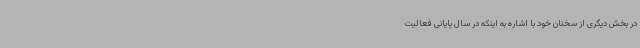
در بخش دیگری از سخنان خود با اشاره به اینکه در سال پایانی فعالیت